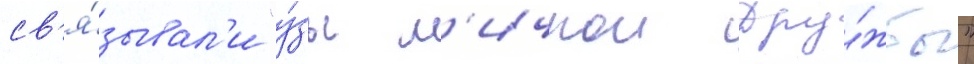
св'я́зывал'и "у́зы л'ичнои дру́жбы"